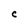
Character: C